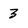
Character: 3